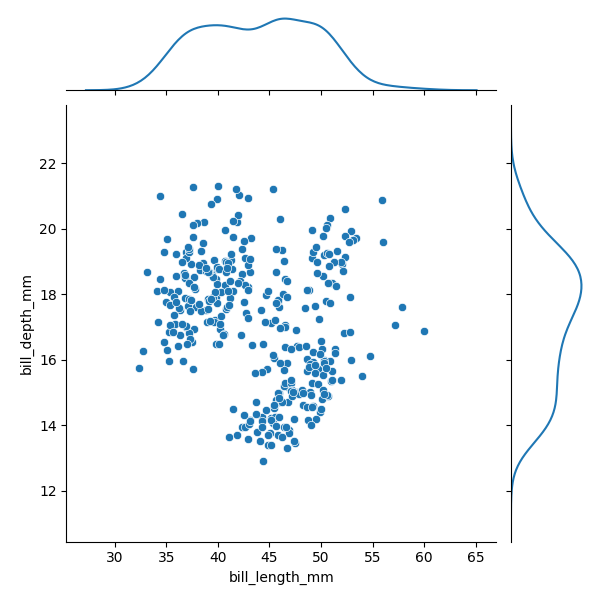
python, seaborn, JointGrid, scatterplot, kdeplot